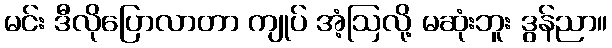
မင်း ဒီလိုပြောလာတာ ကျုပ် အံ့ဩလို့ မဆုံးဘူး ဒွန်ညာ။